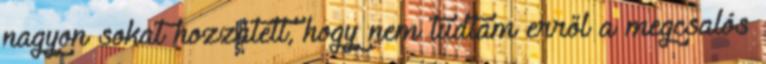
nagyon sokat hozzátett, hogy nem tudtam erről a megcsalós